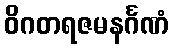
ဝိဂတရဇမနင်္ဂဏံ